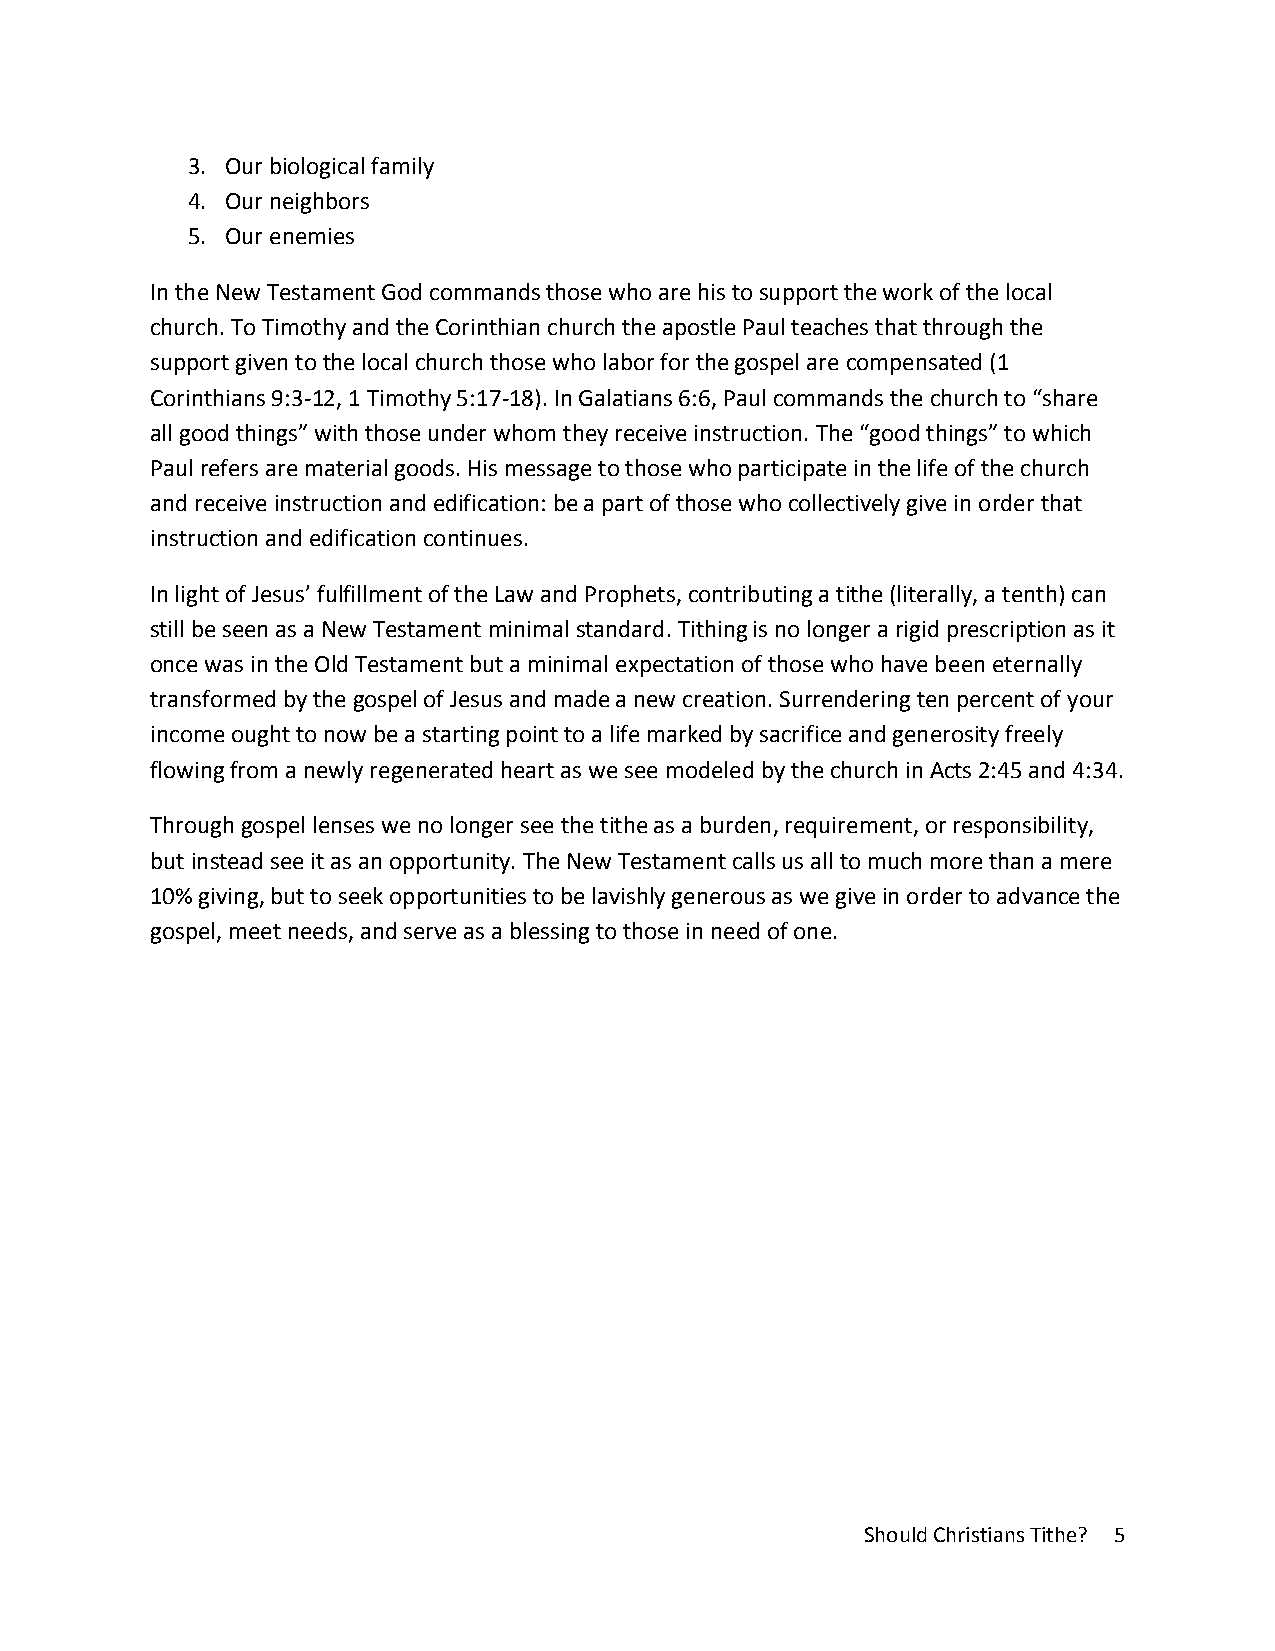
3. Our biological family
 4. Our neighbors
 5. Our enemies
 In the New Testament God commands those who are his to support the work of the local
 church. To Timothy and the Corinthian church the apostle Paul teaches that through the
 support given to the local church those who labor for the gospel are compensated (1
 Corinthians 9:3-12, 1 Timothy 5:17-18). In Galatians 6:6, Paul commands the church to “share
 all good things” with those under whom they receive instruction. The “good things” to which
 Paul refers are material goods. His message to those who participate in the life of the church
 and receive instruction and edification: be a part of those who collectively give in order that
 instruction and edification continues.
 In light of Jesus’ fulfillment of the Law and Prophets, contributing a tithe (literally, a tenth) can
 still be seen as a New Testament minimal standard. Tithing is no longer a rigid prescription as it
 once was in the Old Testament but a minimal expectation of those who have been eternally
 transformed by the gospel of Jesus and made a new creation. Surrendering ten percent of your
 income ought to now be a starting point to a life marked by sacrifice and generosity freely
 flowing from a newly regenerated heart as we see modeled by the church in Acts 2:45 and 4:34.
 Through gospel lenses we no longer see the tithe as a burden, requirement, or responsibility,
 but instead see it as an opportunity. The New Testament calls us all to much more than a mere
 10% giving, but to seek opportunities to be lavishly generous as we give in order to advance the
 gospel, meet needs, and serve as a blessing to those in need of one.
 Should Christians Tithe? 5